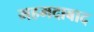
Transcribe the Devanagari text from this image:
महमदाबाद